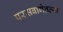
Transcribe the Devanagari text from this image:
परसबागेतल्या